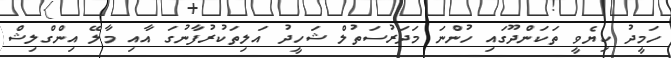
ހަމީދު ކިޔެވީ ތަކަންދޫގައި ހުންނަ މަދަރުސަތުލް ޝަހީދު އަލިތަކުރުފާނުގަ އާއި މާލޭ އިންގްލިޝް